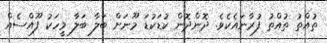
ތުއްތު ތުއްތު ފުރާނައެކެވެ. ދޮންދޮން ކުޑަކުޑަ މޫނަށް ބަލާ ބަލާ މީހަކު ފޫއްސެއް